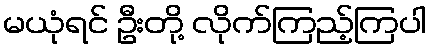
မယုံရင် ဦးတို့ လိုက်ကြည့်ကြပါ